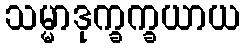
သမ္မာဒုက္ခက္ခယာယ